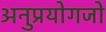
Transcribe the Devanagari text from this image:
अनुप्रयोगजो